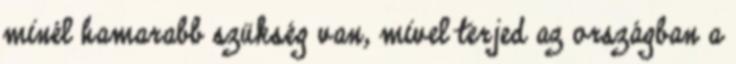
minél hamarabb szükség van, mivel terjed az országban a